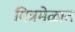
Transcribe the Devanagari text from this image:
मित्रमेळात